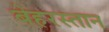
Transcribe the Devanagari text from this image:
बेहरस्तान